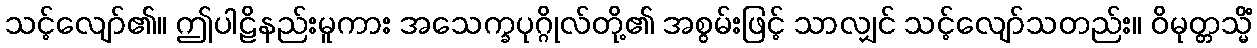
သင့်လျော်၏။ ဤပါဠိနည်းမူကား အသေက္ခပုဂ္ဂိုလ်တို့၏ အစွမ်းဖြင့် သာလျှင် သင့်လျော်သတည်း။ ဝိမုတ္တသ္မိံ